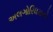
અલગોરિધમનો